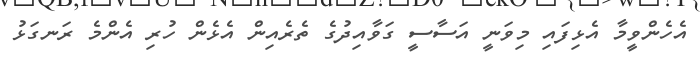
އެހެންވީމާ އެޅިފައި މިވަނީ އަސާސީ ގަވާއިދުގެ ތެރެއިން އެޅެން ހުރި އެންމެ ރަނގަޅު